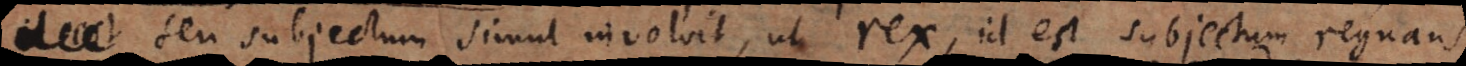
est seu subjectum simul involvit, ut rex, id est subjectum regnans.